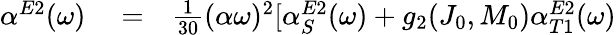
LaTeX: \begin{array}{rlr}{\alpha^{E2}(\omega)}&{{}=}&{\frac{1}{30}(\alpha\omega)^{2}[\alpha_{S}^{E2}(\omega)+g_{2}(J_{0},M_{0})\alpha_{T1}^{E2}(\omega)}\end{array}